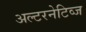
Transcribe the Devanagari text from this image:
अल्टरनेटिव्ज